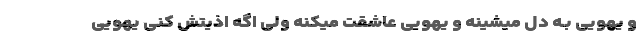
و یهویی بـه دل میشینه و یهویی عاشقت میکنه ولی اگه اذیتش کنی یهویی